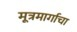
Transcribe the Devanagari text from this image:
मूत्रमार्गाचा